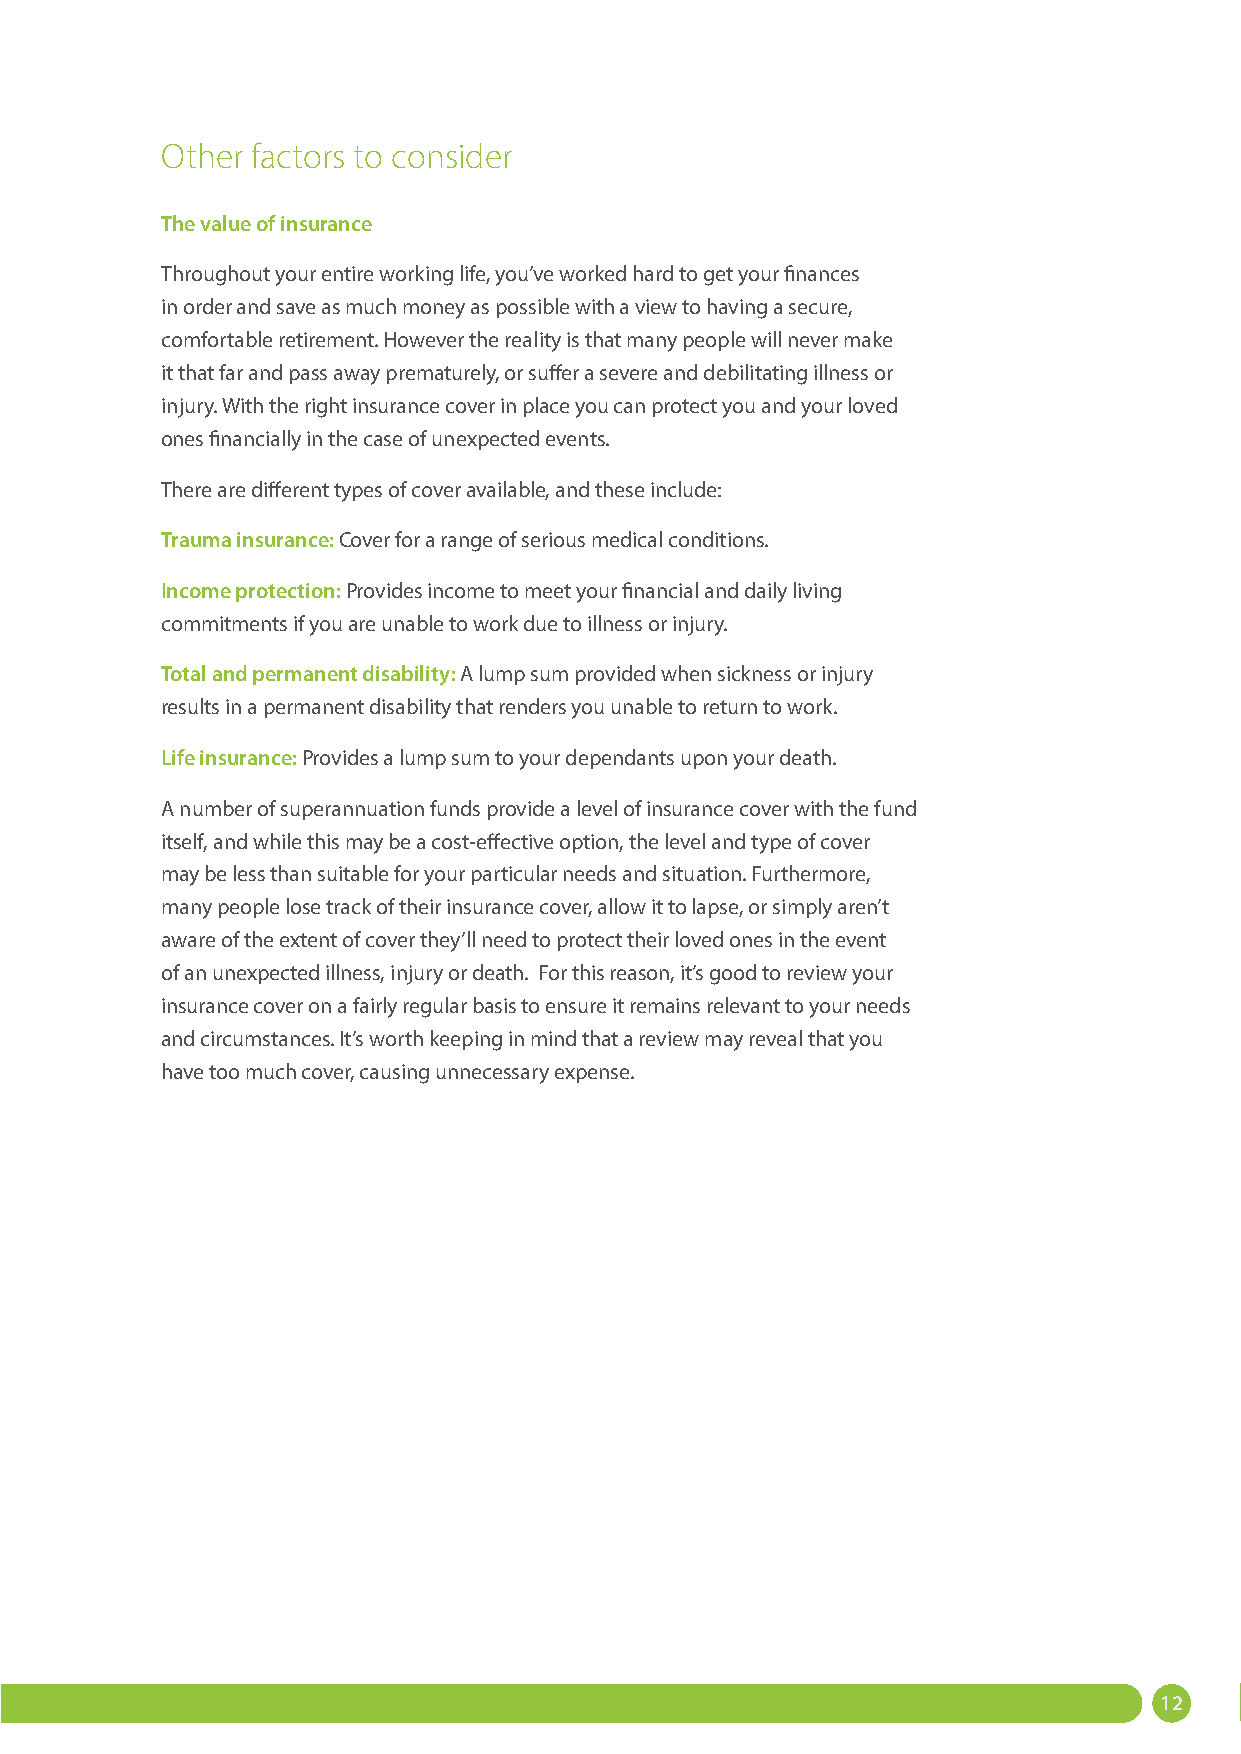
Other factors to consider
 The value of insurance
 Throughout your entire working life, you’ve worked hard to get your finances
 in order and save as much money as possible with a view to having a secure,
 comfortable retirement. However the reality is that many people will never make
 it that far and pass away prematurely, or suffer a severe and debilitating illness or
 injury. With the right insurance cover in place you can protect you and your loved
 ones financially in the case of unexpected events.
 There are different types of cover available, and these include:
 Trauma insurance: Cover for a range of serious medical conditions.
 Income protection: Provides income to meet your financial and daily living
 commitments if you are unable to work due to illness or injury.
 Total and permanent disability: A lump sum provided when sickness or injury
 results in a permanent disability that renders you unable to return to work.
 Life insurance: Provides a lump sum to your dependants upon your death.
 A number of superannuation funds provide a level of insurance cover with the fund
 itself, and while this may be a cost-effective option, the level and type of cover
 may be less than suitable for your particular needs and situation. Furthermore,
 many people lose track of their insurance cover, allow it to lapse, or simply aren’t
 aware of the extent of cover they’ll need to protect their loved ones in the event
 of an unexpected illness, injury or death. For this reason, it’s good to review your
 insurance cover on a fairly regular basis to ensure it remains relevant to your needs
 and circumstances. It’s worth keeping in mind that a review may reveal that you
 have too much cover, causing unnecessary expense.
 12